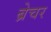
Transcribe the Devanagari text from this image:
ब्रेचर